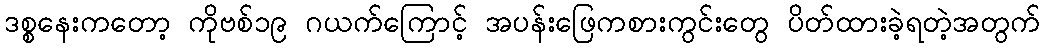
ဒစ္စနေးကတော့ ကိုဗစ်၁၉ ဂယက်ကြောင့် အပန်းဖြေကစားကွင်းတွေ ပိတ်ထားခဲ့ရတဲ့အတွက်